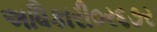
અધિકારી૦ર૬૭ર